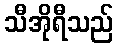
သီအိုရီသည်